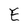
Character: E